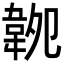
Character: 𩎝